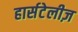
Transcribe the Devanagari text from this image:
हार्सटेलीज़